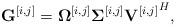
LaTeX: \begin{align*} \mathbf{G}^{[i,j]} =\boldsymbol{\Omega}^{[i,j]}\boldsymbol{\Sigma}^{[i,j]}{\mathbf{V}^{[i,j]}}^{H},\displaybreak[0]\end{align*}